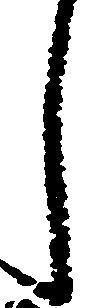
し